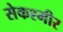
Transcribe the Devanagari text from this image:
सेकश्मीर